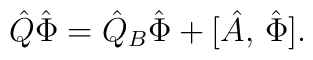
\hat{Q}\hat{\Phi}=\hat{Q}_B\hat{\Phi}+[\hat{A},\,\hat{\Phi}].